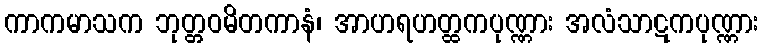
ကာကမာသက ဘုတ္တဝမိတကာနံ၊ အာဟရဟတ္ထကပုဏ္ဏား အလံသာဋကပုဏ္ဏား